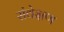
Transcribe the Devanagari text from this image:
संवेक्षण